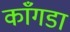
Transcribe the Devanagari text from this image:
काँगडा